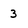
Character: 3